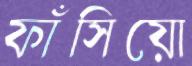
ফাঁসিয়ো